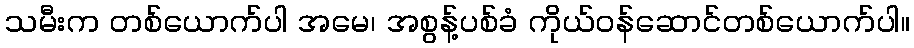
သမီးက တစ်ယောက်ပါ အမေ၊ အစွန့်ပစ်ခံ ကိုယ်ဝန်ဆောင်တစ်ယောက်ပါ။